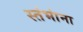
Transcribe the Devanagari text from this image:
स्तंभांना